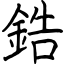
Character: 鋯